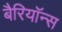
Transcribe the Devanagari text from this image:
बैरियॉन्स